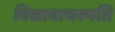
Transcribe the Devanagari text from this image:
विद्यावाचस्‍पति